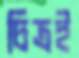
চিত্রই